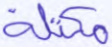
مكتلة